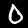
Label: 0